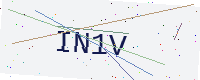
Text: IN1V